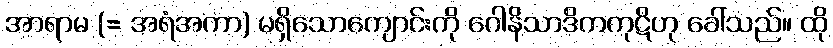
အာရာမ (= အရံအကာ) မရှိသောကျောင်းကို ဂေါနိသာဒိကကုဋိဟု ခေါ်သည်။ ထို